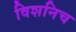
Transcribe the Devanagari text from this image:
विशनिच